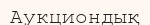
Аукциондық